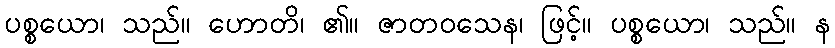
ပစ္စယော၊ သည်။ ဟောတိ၊ ၏။ ဇာတဝသေန၊ ဖြင့်။ ပစ္စယော၊ သည်။ န